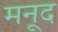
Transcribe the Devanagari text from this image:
मनूद